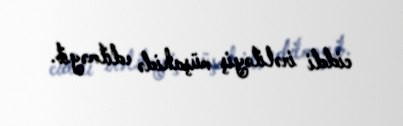
ciddi irəliləyiş müşahidə edilməyib.